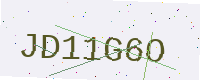
Text: JD11G6O